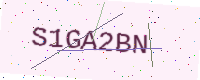
Text: S1GA2BN